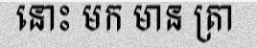
នោះ មក មាន ត្រា